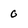
Character: 0